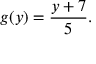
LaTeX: g ( y ) = { \frac { y + 7 } { 5 } } .